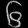
Digit: ၆